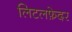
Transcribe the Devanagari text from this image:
लिटलफ़ेदर